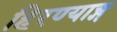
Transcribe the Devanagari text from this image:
हिरण्याङ्ग